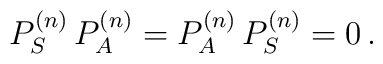
P_S^{(n)} \, P_A^{(n)}=P_A^{(n)} \, P_S^{(n)}=0\,.